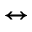
\leftrightarrow